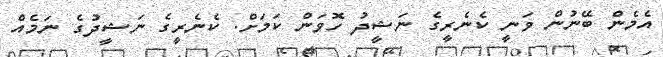
އެމެން ބޭނުން ވަނީ ކެނެރީގެ ނަޝީދު ހޮވަން ކަމަށް. ކެނެރީގެ ނަޝީދުގެ ނަމެއް